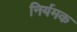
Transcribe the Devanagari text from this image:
निर्यमक